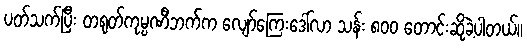
ပတ်သက်ပြီး တရုတ်ကုမ္ပဏီဘက်က လျော်ကြေးဒေါ်လာ သန်း ၈၀၀ တောင်းဆိုခဲ့ပါတယ်။